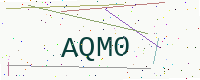
Text: AQM0